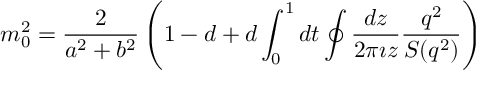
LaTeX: m _ { 0 } ^ { 2 } = \frac { 2 } { a ^ { 2 } + b ^ { 2 } } \left( 1 - d + d \int _ { 0 } ^ { 1 } d t \oint \frac { d z } { 2 \pi \imath z } \frac { q ^ { 2 } } { S ( q ^ { 2 } ) } \right)